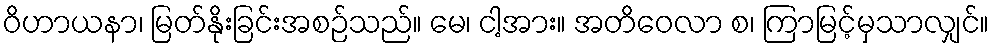
ဝိဟာယနာ၊ မြတ်နိုးခြင်းအစဉ်သည်။ မေ၊ ငါ့အား။ အတိဝေလာ စ၊ ကြာမြင့်မှသာလျှင်။